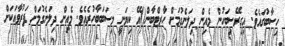
ހިސާބުގައެވެ. އިގިރޭސިބަހުން މެއިން ދިލަނެގުމަށް ހާރޓްބާން()އޭ ކިޔަނީ މިސަބަބާހުރެއެވެ. މެއިން ދިލަނެގުމަށް ފަރުވާއަކަށް